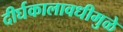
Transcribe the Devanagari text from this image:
दीर्घकालावधीमुळे